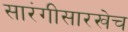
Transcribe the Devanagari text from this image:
सारंगीसारखेच